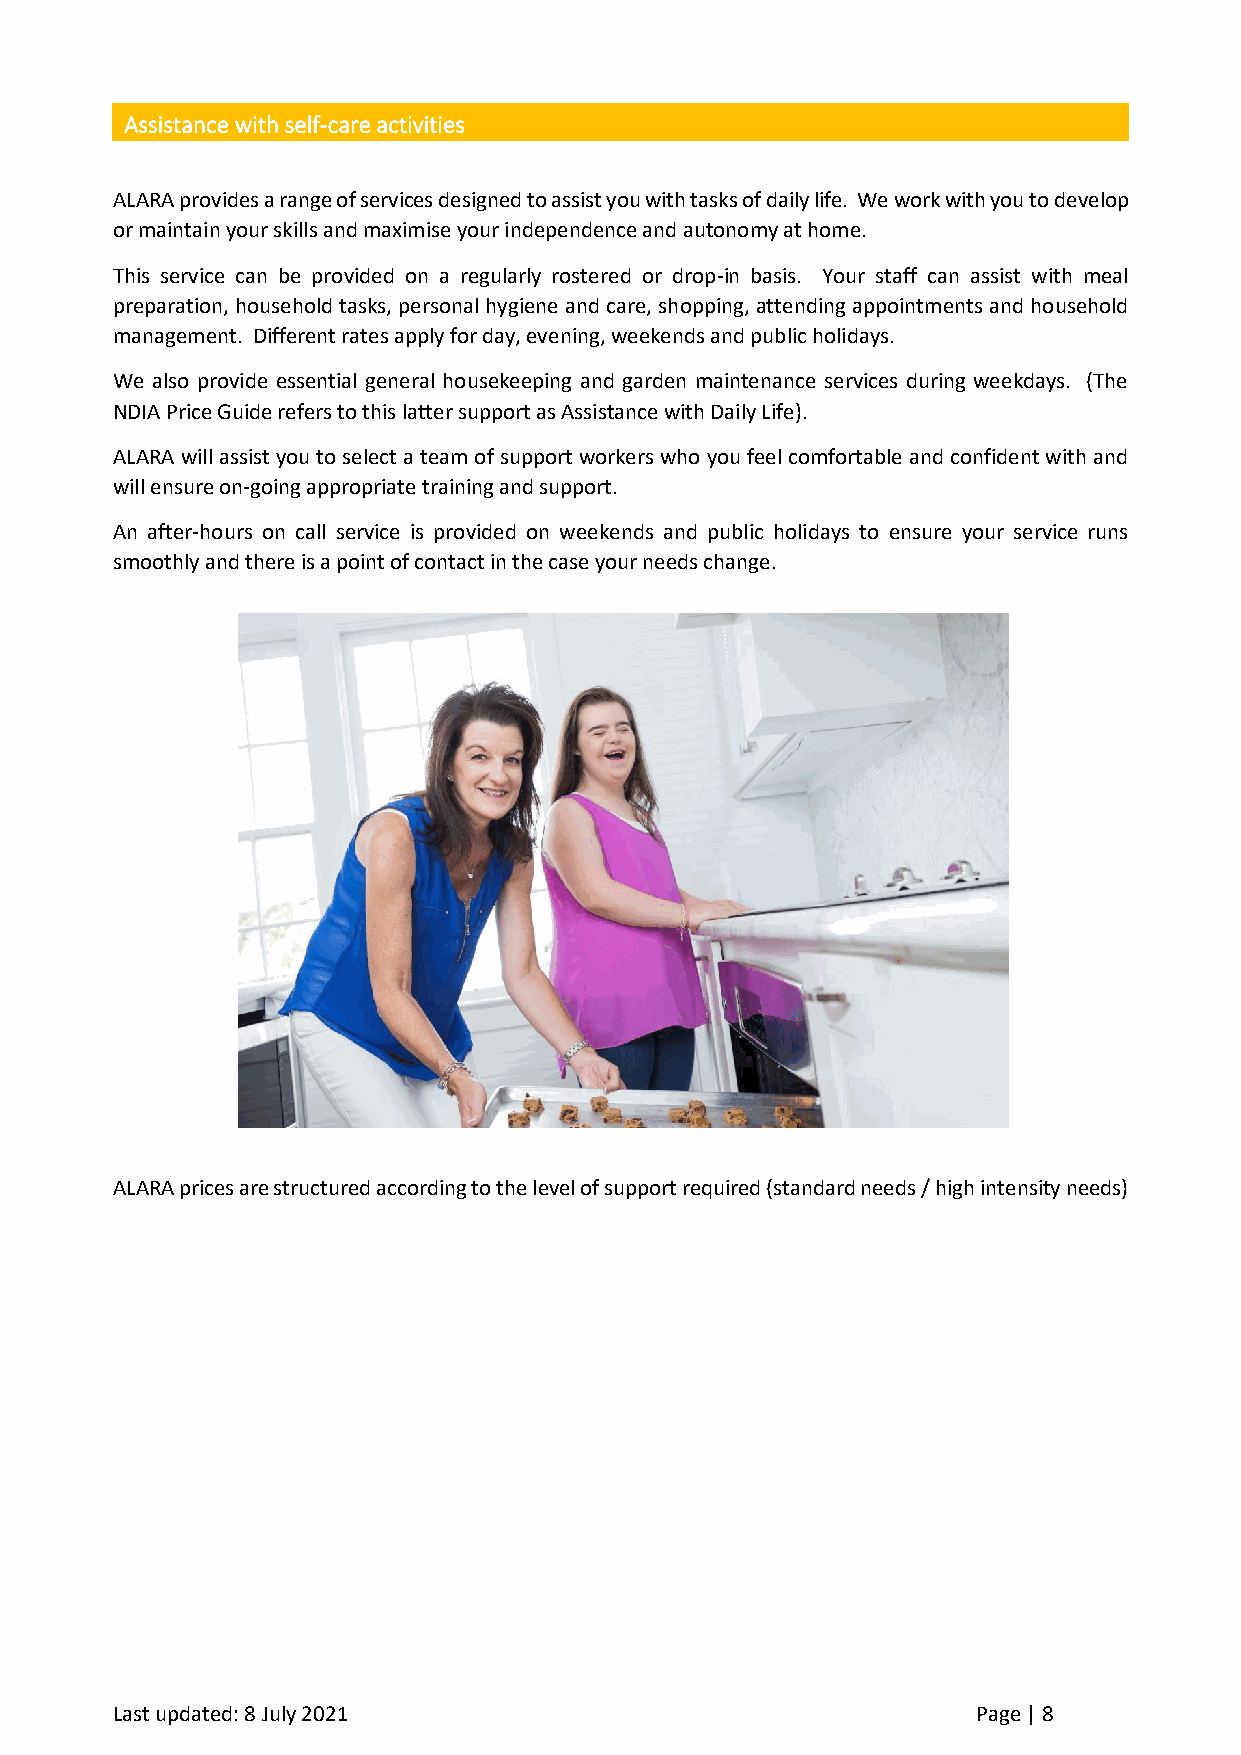
Assistance with self-care activities
 ALARA provides a range of services designed to assist you with tasks of daily life. We work with you to develop
 or maintain your skills and maximise your independence and autonomy at home.
 This service can be provided on a regularly rostered or drop-in basis. Your staff can assist with meal
 preparation, household tasks, personal hygiene and care, shopping, attending appointments and household
 management. Different rates apply for day, evening, weekends and public holidays.
 We also provide essential general housekeeping and garden maintenance services during weekdays. (The
 NDIA Price Guide refers to this latter support as Assistance with Daily Life).
 ALARA will assist you to select a team of support workers who you feel comfortable and confident with and
 will ensure on-going appropriate training and support.
 An after-hours on call service is provided on weekends and public holidays to ensure your service runs
 smoothly and there is a point of contact in the case your needs change.
 ALARA prices are structured according to the level of support required (standard needs / high intensity needs)
 Last updated: 8 July 2021                                 Page | 8